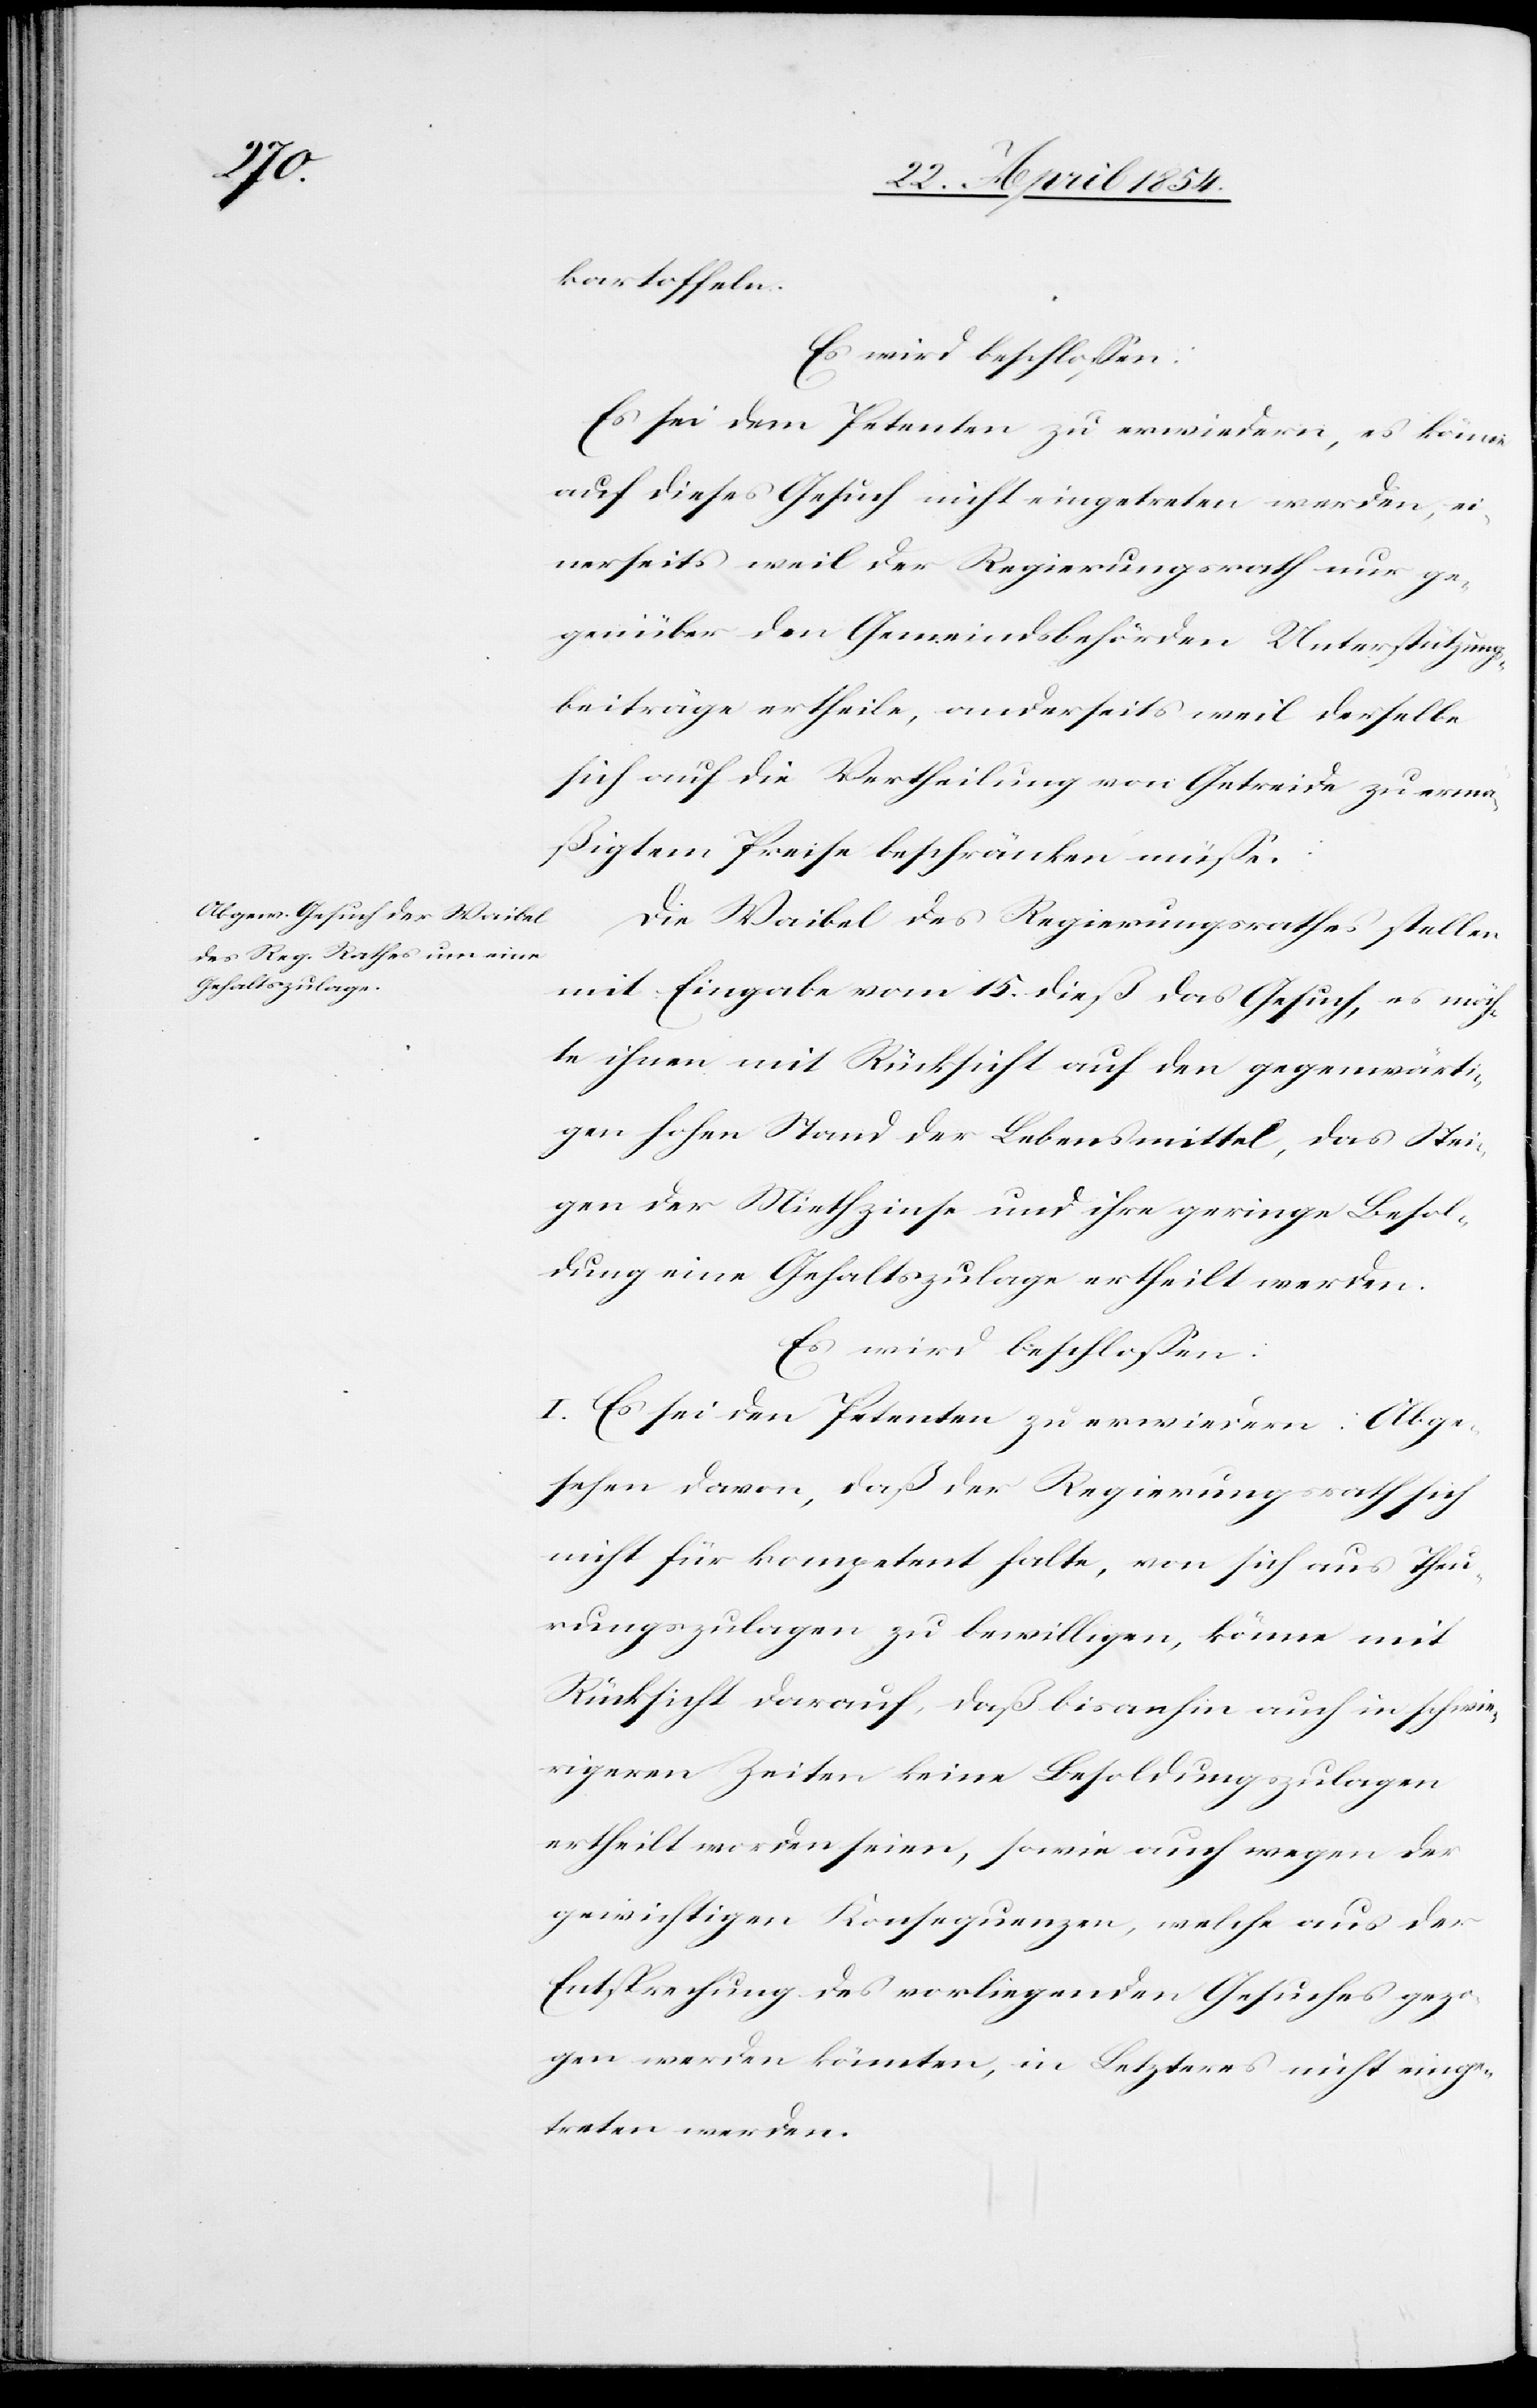
kartoffeln.
Es wird beschloßen:
Es sei dem Petenten zu erwiedern, es könne
auf dieses Gesuch nicht eingetreten werden, ei¬
nerseits weil der Regierungsrath nur ge¬
genüber den Gemeindsbehörden Unterstützungs¬
beiträge ertheile, anderseits weil derselbe
sich auf die Vertheilung von Getreide zu ermä¬
ßigtem Preise beschränken müße.
Die Waibel des Regierungsrathes stellen
mit Eingabe vom 15. dieß das Gesuch, es möch¬
te ihnen mit Rücksicht auf den gegenwärti¬
gen hohen Stand der Lebensmittel, das Stei¬
gen der Miethzinse und ihre geringe Besol¬
dung eine Gehaltszulage ertheilt werden.
Es wird beschloßen:
I. Es sei den Petenten zu erwiedern: Abge¬
sehen davon, daß der Regierungsrath sich
nicht für kompetent halte, von sich aus Theu¬
rungszulagen zu bewilligen, könne mit
Rücksicht darauf, daß bisanhin auch in schwie¬
rigeren Zeiten keine Besoldungszulagen
ertheilt worden seien, sowie auch wegen der
gewichtigen Konsequenzen, welche aus der
Entsprechung des vorliegenden Gesuches gezo¬
gen werden könnten, in Letzteres nicht einge¬
treten werden.